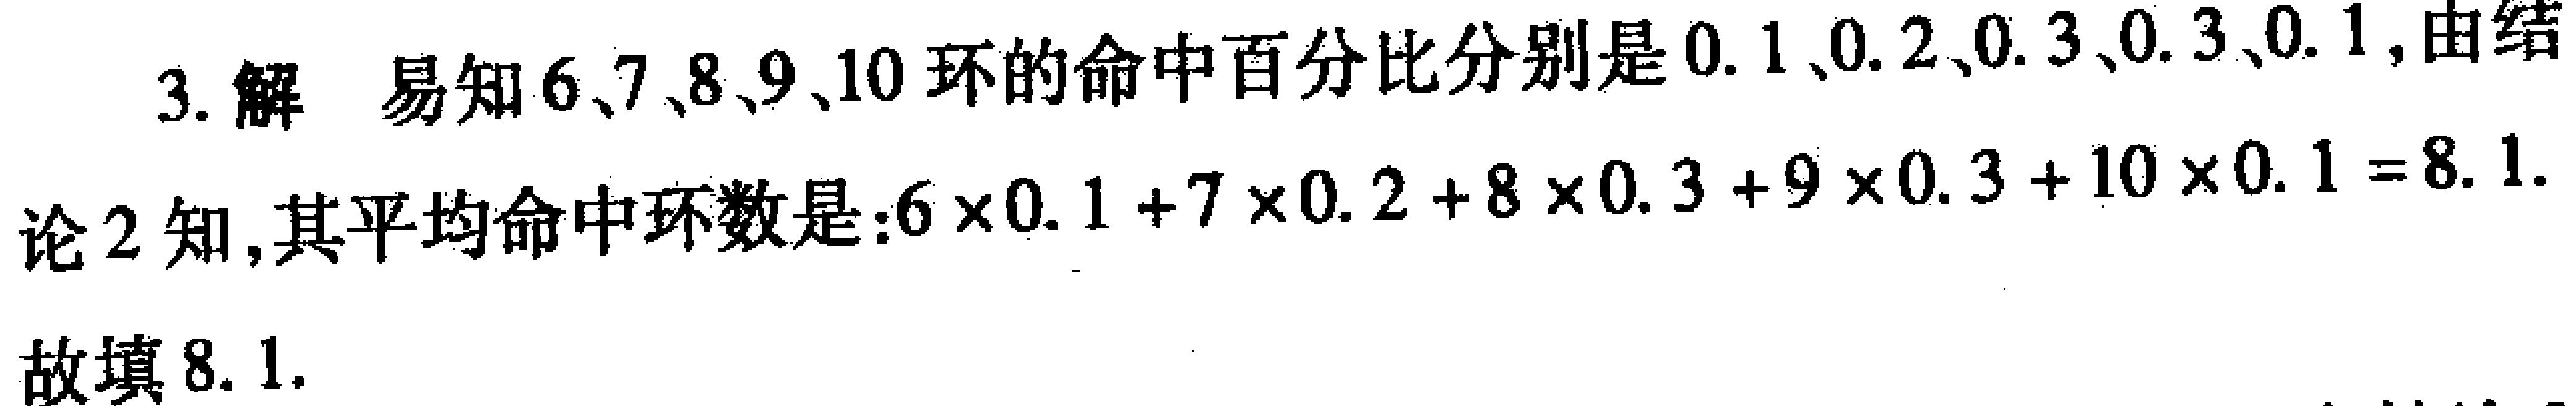
3. 解 易知6、7、8、9、10环的命中百分比分别是0.1、0.2、0.3、0.3、0.1, 由结论2知, 其平均命中环数是:$6\times0.1 + 7\times0.2 + 8\times0.3 + 9\times0.3 + 10\times0.1 = 8.1$.

故填8.1.